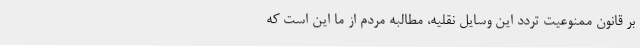
بر قانون ممنوعیت تردد این وسایل نقلیه، مطالبه مردم از ما این است که